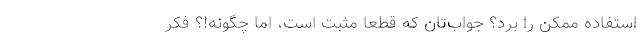
استفاده ممکن را برد؟ جواب‌تان که قطعاً مثبت است، اما چگونه!؟ فکر